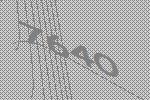
7640